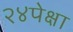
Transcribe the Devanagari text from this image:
२४पेक्षा